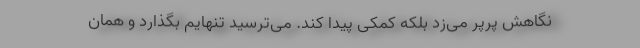
نگاهش پَرپَر می‌زد بلکه کمکی پیدا کند. می‌ترسید تنهایم بگذارد و همان